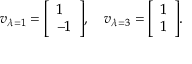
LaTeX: v _ { \lambda = 1 } = { \left[ \begin{array} { l } { 1 } \\ { - 1 } \end{array} \right] } , \quad v _ { \lambda = 3 } = { \left[ \begin{array} { l } { 1 } \\ { 1 } \end{array} \right] } .